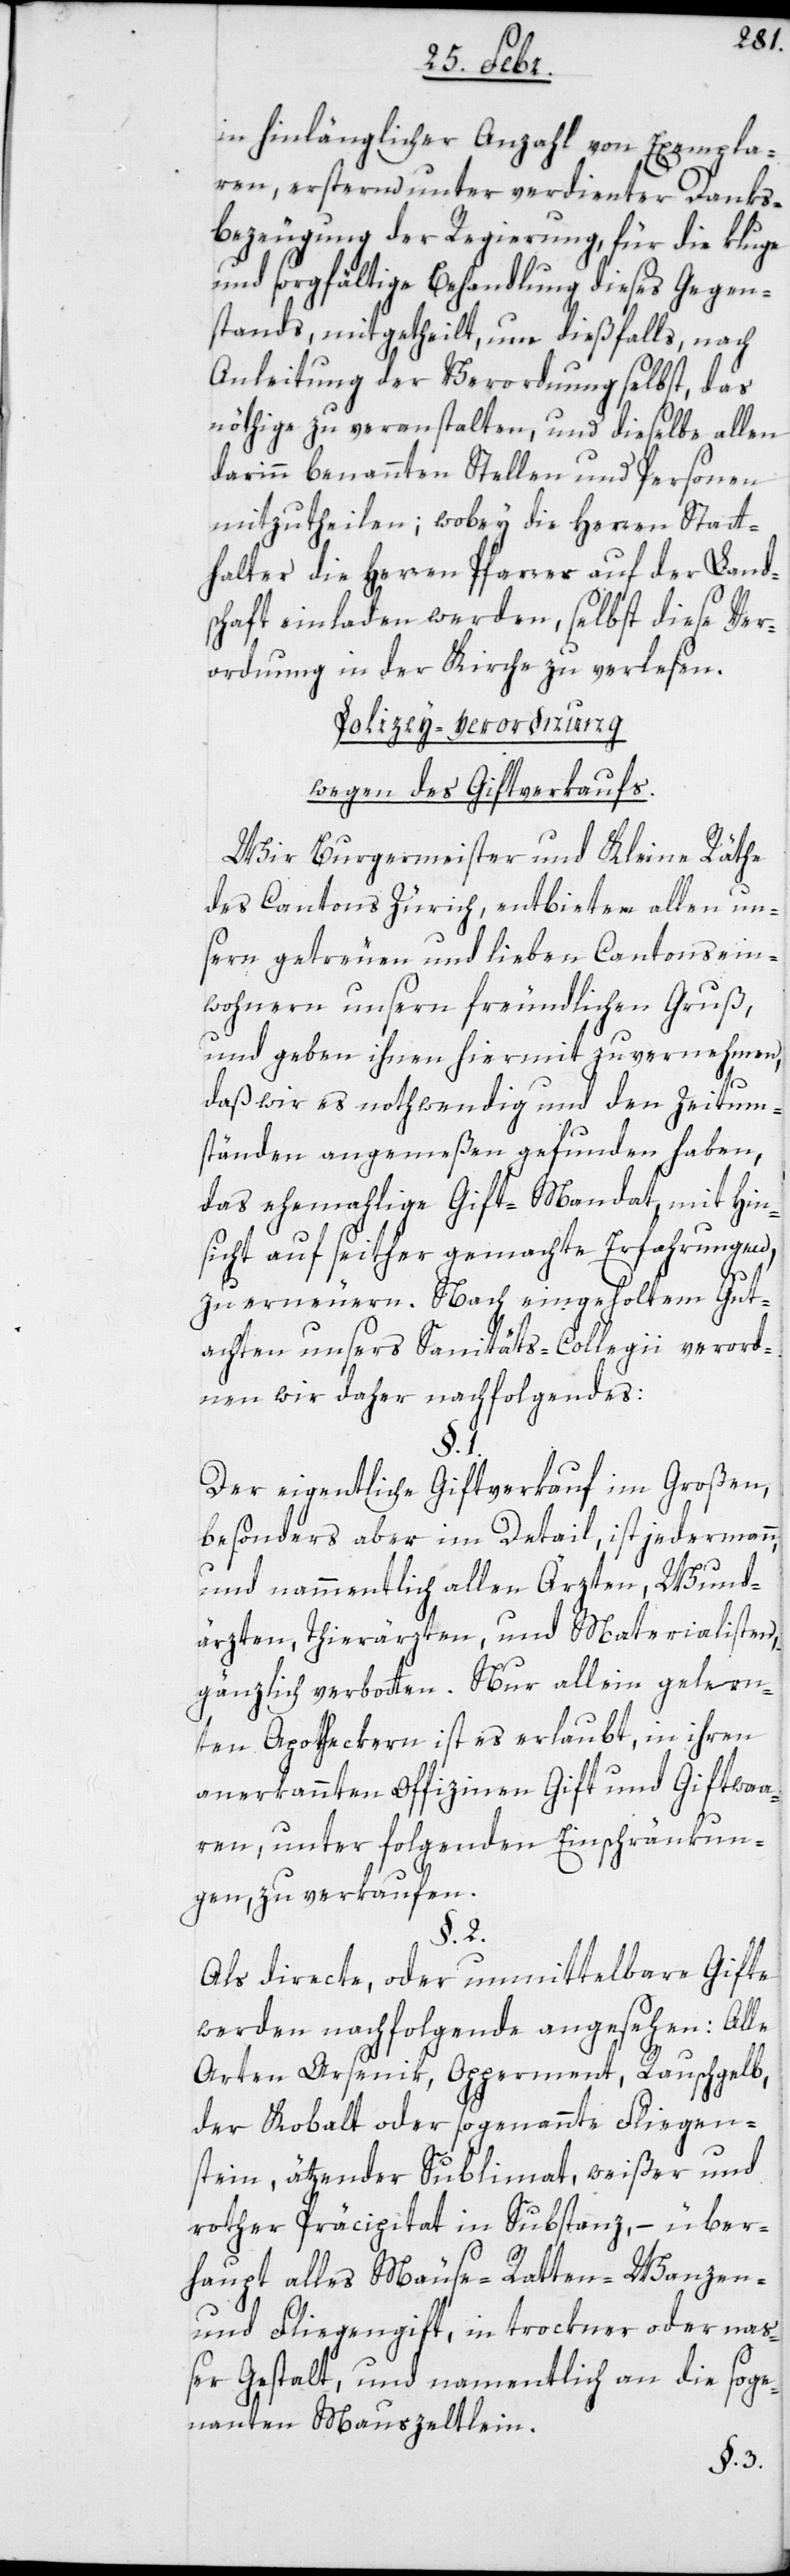
in hinlänglicher Anzahl von Exempla¬
ren, erstern unter verdienter Danks¬
bezeugung der Regierung, für die kluge
und sorgfältige Behandlung dieses Gegen¬
stands, mitgetheilt, um dießfalls, nach
Anleitung der Verordnung selbst, das
nöthige zu veranstalten, und dieselbe allen
darinn benannten Stellen und Personen
mitzutheilen; wobey die Herren Statt¬
halter die Herren Pfarrer auf der Land¬
schaft einladen werden, selbst diese Ver¬
ordnung in der Kirche zu verlesen.
Polizey-Verordnung
wegen des Giftverkaufs.
Wir Burgermeister und Kleine Räthe
des Cantons Zürich, entbieten allen un¬
sern getreuen und lieben Cantonsein¬
wohnern unsern freundlichen Gruß,
und geben ihnen hiermit zu vernehmen,
daß wir es nothwendig und den Zeitum¬
ständen angemeßen gefunden haben,
das ehemahlige Gift-Mandat, mit Hin¬
sicht auf seither gemachte Erfahrungen,
zu erneuern. Nach eingeholtem Gut¬
achten unsers Sanitäts-Collegii verord¬
nen wir daher nachfolgendes:
Der eigentliche Giftverkauf im Großen,
besonders aber im Detail, ist jedermann,
und nammentlich allen Ärzten, Wund¬
ärzten, Thierärzten und Materialisten,
gänzlich verbotten. Nur allein gelern¬
ten Apothekern ist es erlaubt, in ihren
anerkannten Offizinen Gift und Giftwaa¬
ren, unter folgenden Einschränkun¬
gen, zu verkaufen.
§. 2.
Als directe, oder unmittelbare Gifte
werden nachfolgende angesehen: Alle
Arten Arsenik, Opperment, Rauschgelb,
der Kobalt oder sogenannte Fliegen¬
stein, ätzender Sublimat, weißer und
rother Präcipitat in Substanz, – über¬
haupt alles Mäuse-, Ratten-, Wanzen-
und Fliegengift, in trockner oder na¬
ßer Gestalt, und namentlich an die soge¬
nannten Mauszeltlein.